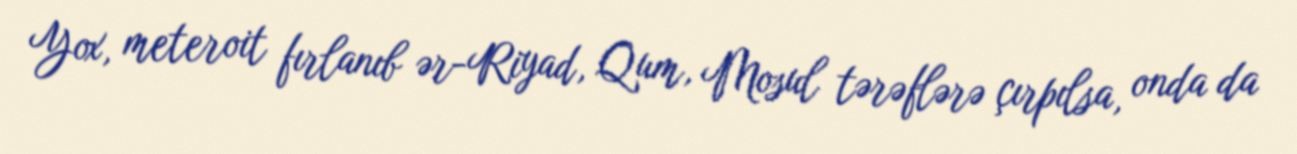
Yox, meteroit fırlanıb ər-Riyad, Qum, Mosul tərəflərə çırpılsa, onda da